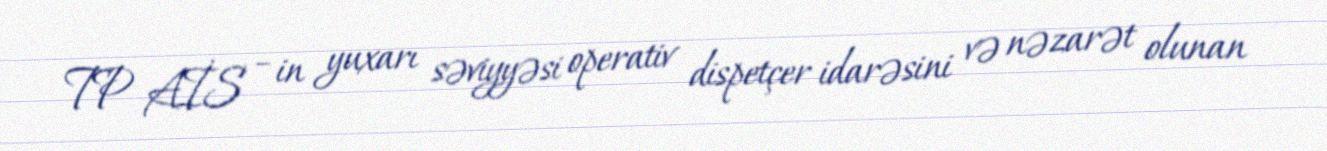
TP AİS – in yuxarı səviyyəsi operativ dispetçer idarəsini və nəzarət olunan